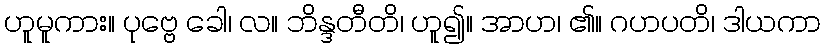
ဟူမူကား။ ပုဗ္ဗေ ခေါ၊ လ။ ဘိန္ဒတီတိ၊ ဟူ၍။ အာဟ၊ ၏။ ဂဟပတိ၊ ဒါယကာ